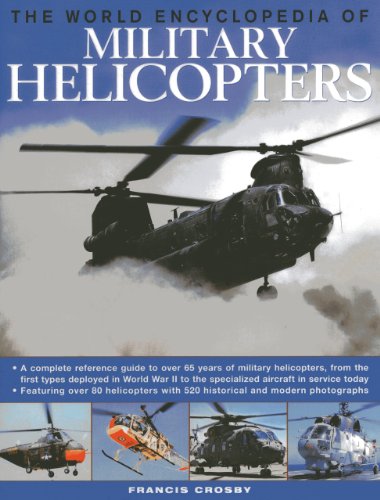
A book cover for The World Encyclopedia of Military Helicopters: Featuring over 80 helicopters with 500 historical and modern photographs; Francis Crosby; Reference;